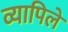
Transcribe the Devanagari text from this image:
व्यापिले